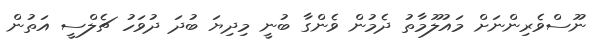
ނޫސްވެރިންނަށް މައުލޫމާތު ދެމުން ވެންގާ ބުނީ މިދިޔަ ބުދަ ދުވަހު ޗެލްސީ އަތުން